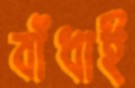
বাঁধাই